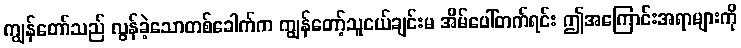
ကျွန်တော်သည် လွန်ခဲ့သောတစ်ခေါက်က ကျွန်တော့်သူငယ်ချင်းမ အိမ်ပေါ်တက်ရင်း ဤအကြောင်းအရာများကို